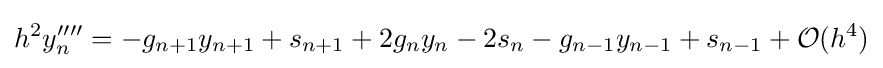
h^{2}y''''_{n}=-g_{n+1}y_{n+1}+s_{n+1}+2g_{n}y_{n}-2s_{n}-g_{n-1}y_{n-1}+s_{n-1}+{\mathcal {O}}(h^{4})